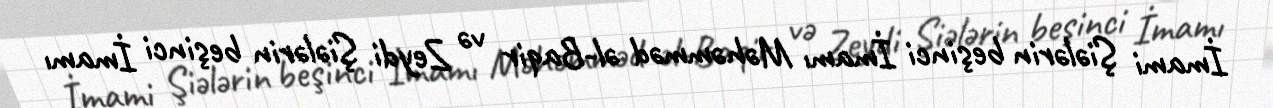
İmami Şiələrin beşinci İmamı Məhəmməd əl-Baqir və Zeydi Şiələrin beşinci İmamı